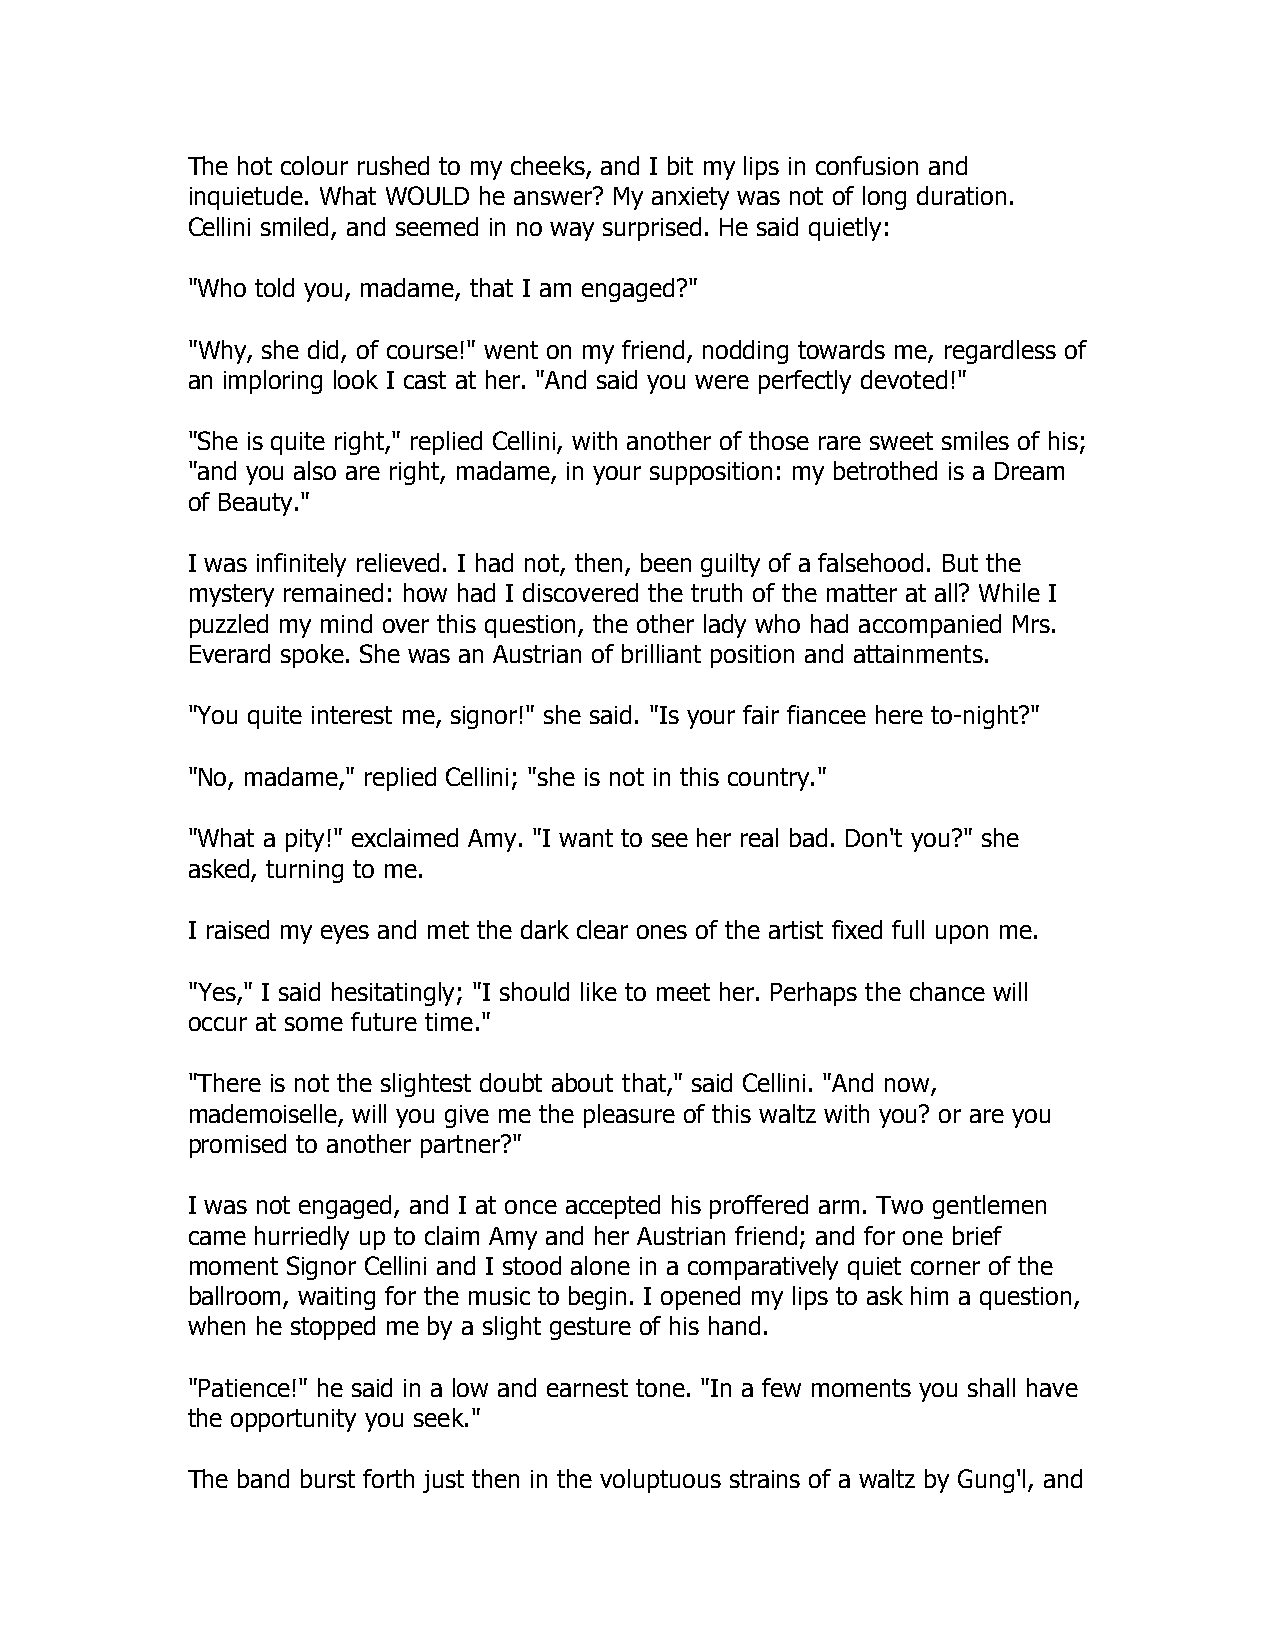
The hot colour rushed to my cheeks, and I bit my lips in confusion and
 inquietude. What WOULD he answer? My anxiety was not of long duration.
 Cellini smiled, and seemed in no way surprised. He said quietly:
 "Who told you, madame, that I am engaged?"
 "Why, she did, of course!" went on my friend, nodding towards me, regardless of
 an imploring look I cast at her. "And said you were perfectly devoted!"
 "She is quite right," replied Cellini, with another of those rare sweet smiles of his;
 "and you also are right, madame, in your supposition: my betrothed is a Dream
 of Beauty."
 I was infinitely relieved. I had not, then, been guilty of a falsehood. But the
 mystery remained: how had I discovered the truth of the matter at all? While I
 puzzled my mind over this question, the other lady who had accompanied Mrs.
 Everard spoke. She was an Austrian of brilliant position and attainments.
 "You quite interest me, signor!" she said. "Is your fair fiancee here to-night?"
 "No, madame," replied Cellini; "she is not in this country."
 "What a pity!" exclaimed Amy. "I want to see her real bad. Don't you?" she
 asked, turning to me.
 I raised my eyes and met the dark clear ones of the artist fixed full upon me.
 "Yes," I said hesitatingly; "I should like to meet her. Perhaps the chance will
 occur at some future time."
 "There is not the slightest doubt about that," said Cellini. "And now,
 mademoiselle, will you give me the pleasure of this waltz with you? or are you
 promised to another partner?"
 I was not engaged, and I at once accepted his proffered arm. Two gentlemen
 came hurriedly up to claim Amy and her Austrian friend; and for one brief
 moment Signor Cellini and I stood alone in a comparatively quiet corner of the
 ballroom, waiting for the music to begin. I opened my lips to ask him a question,
 when he stopped me by a slight gesture of his hand.
 "Patience!" he said in a low and earnest tone. "In a few moments you shall have
 the opportunity you seek."
 The band burst forth just then in the voluptuous strains of a waltz by Gung'l, and